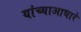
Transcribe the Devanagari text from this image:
यांच्याआधारे